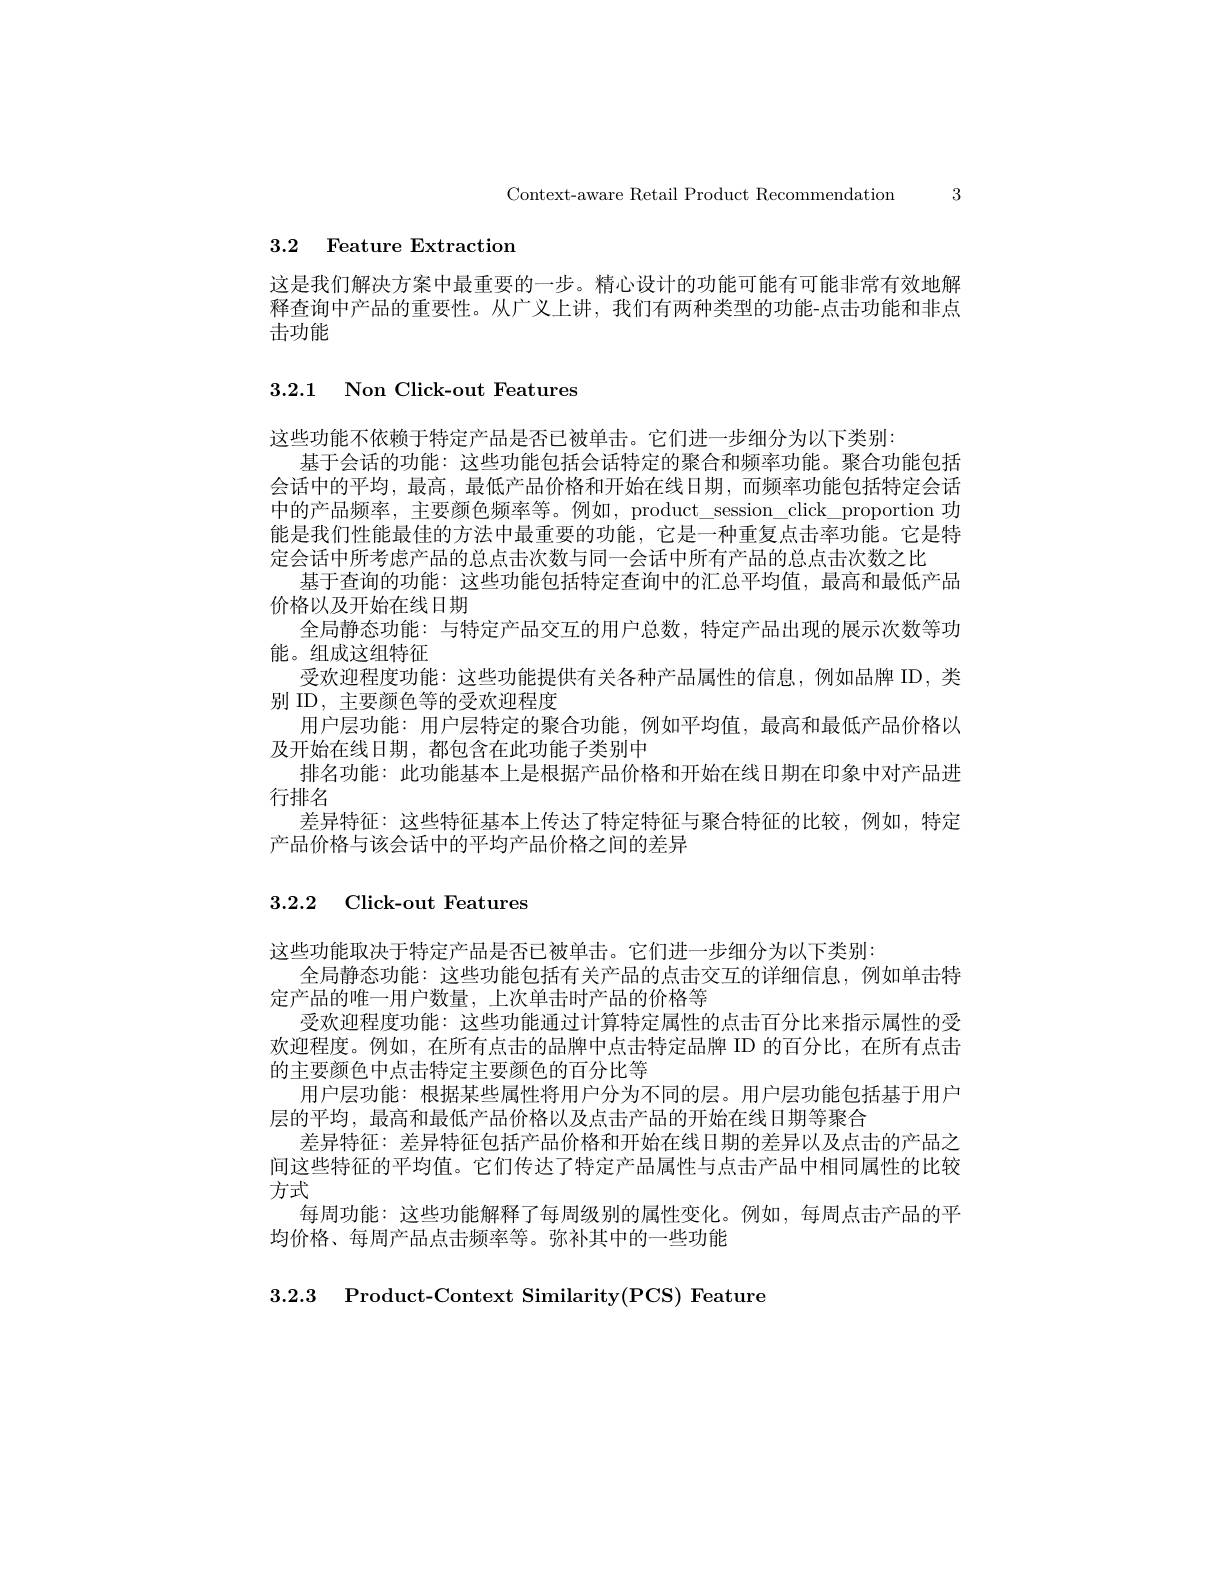
Context-aware Retail Product Recommendation 3

3.2 Feature Extraction

这是我们解决方案中最重要的一步。精心设计的功能可能有可能非常有效地解释查询中产品的重要性。从广义上讲，我们有两种类型的功能-点击功能和非点击功能

3.2.1 Non Click-out Features

这些功能不依赖于特定产品是否已被单击。它们进一步细分为以下类别：
基于会话的功能：这些功能包括会话特定的聚合和频率功能。聚合功能包括会话中的平均，最高，最低产品价格和开始在线日期，而频率功能包括特定会话中的产品频率，主要颜色频率等。例如，product\_session\_click\_proportion 功能是我们性能最佳的方法中最重要的功能，它是一种重复点击率功能。它是特定会话中所考虑产品的总点击次数与同一会话中所有产品的总点击次数之比
基于查询的功能：这些功能包括特定查询中的汇总平均值，最高和最低产品
价格以及开始在线日期
全局静态功能：与特定产品交互的用户总数，特定产品出现的展示次数等功
能。组成这组特征
受欢迎程度功能：这些功能提供有关各种产品属性的信息，例如品牌 ID,类
别 ID, 主要颜色等的受欢迎程度
用户层功能：用户层特定的聚合功能，例如平均值，最高和最低产品价格以
及开始在线日期，都包含在此功能子类别中
排名功能：此功能基本上是根据产品价格和开始在线日期在印象中对产品进
行排名
差异特征：这些特征基本上传达了特定特征与聚合特征的比较，例如，特定
产品价格与该会话中的平均产品价格之间的差异

## 3.2.2 Click-out Features

这些功能取决于特定产品是否已被单击。它们进一步细分为以下类别：
全局静态功能：这些功能包括有关产品的点击交互的详细信息，例如单击特
定产品的唯一用户数量，上次单击时产品的价格等
受欢迎程度功能：这些功能通过计算特定属性的点击百分比来指示属性的受欢迎程度。例如，在所有点击的品牌中点击特定品牌 ID 的百分比，在所有点击的主要颜色中点击特定主要颜色的百分比等
用户层功能：根据某些属性将用户分为不同的层。用户层功能包括基于用户
层的平均，最高和最低产品价格以及点击产品的开始在线日期等聚合
差异特征：差异特征包括产品价格和开始在线日期的差异以及点击的产品之间这些特征的平均值。它们传达了特定产品属性与点击产品中相同属性的比较方式
每周功能：这些功能解释了每周级别的属性变化。例如，每周点击产品的平
均价格、每周产品点击频率等。弥补其中的一些功能

3.2.3 Product-Context Similarity(PCS) Feature